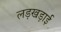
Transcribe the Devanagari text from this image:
लड़खड़ाई